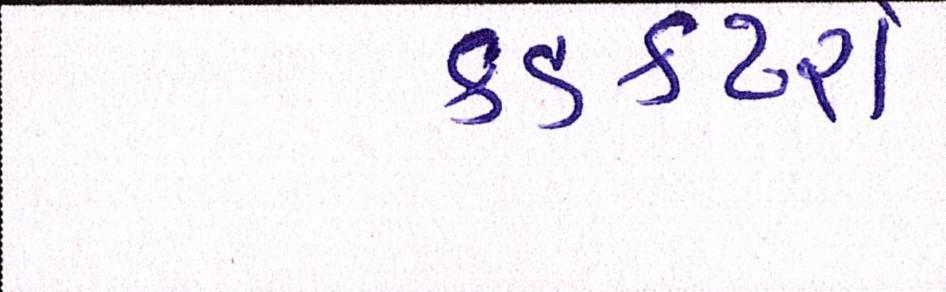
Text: કંડકટરો